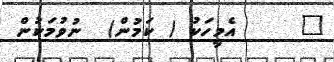
٧     އެމީހަކު ( ކަމުން)  ނުވުމަކުން